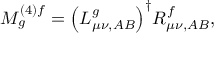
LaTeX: M _ { g } ^ { ( 4 ) f } = { \left( L _ { \mu \nu , A B } ^ { g } \right) } ^ { \dagger } R _ { \mu \nu , A B } ^ { f } ,